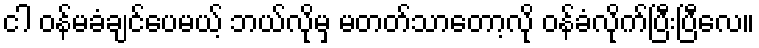
ငါ ဝန်မခံချင်ပေမယ့် ဘယ်လိုမှ မတတ်သာတော့လို ဝန်ခံလိုက်ပြီးပြီလေ။